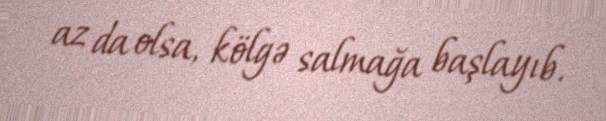
az da olsa, kölgə salmağa başlayıb.